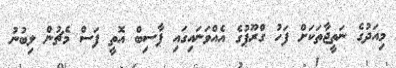
މިއަދުގެ ނަތީޖާތަކަށް ފަހު ގްރޫޕުގެ އެއްވަނައިގައި ޕާސިބް އޮތީ ފަސް މެޗުން ލިބުނު